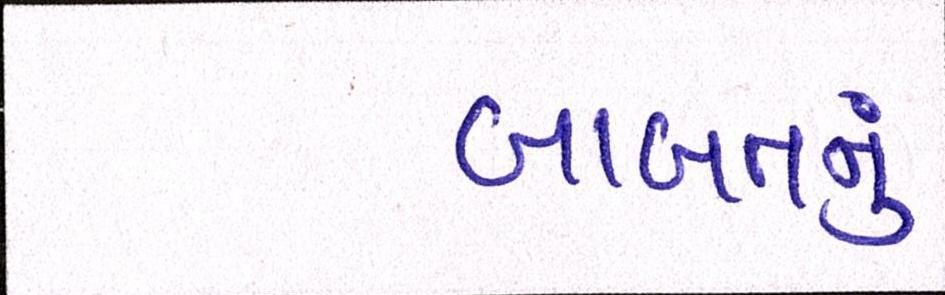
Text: બાબતનું